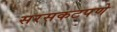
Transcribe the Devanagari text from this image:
सरसकटपणे